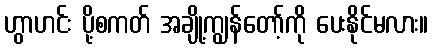
ဟွာဟင်း ပို့စကတ် အချို့ကျွန်တော့်ကို ပေးနိုင်မလား။